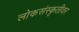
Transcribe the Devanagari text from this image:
लोकसंस्कृतीवर